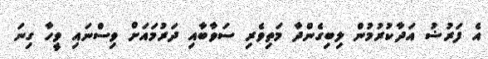
އެ ފަރުޟު އަދާކުރުމުން ލިބިގެންދާ މަތިވެރި ސަވާބާއި ދަރުމައަށް ވިސްނައި ވީހާ ގިނަ